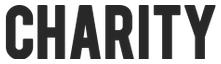
CHARITY